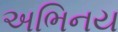
અભિનય